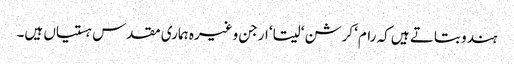
ہندو بتاتے ہیں کہ رام‘ کرشن‘ سیتا‘ ارجن وغیرہ ہماری مقدس ہستیاں ہیں۔